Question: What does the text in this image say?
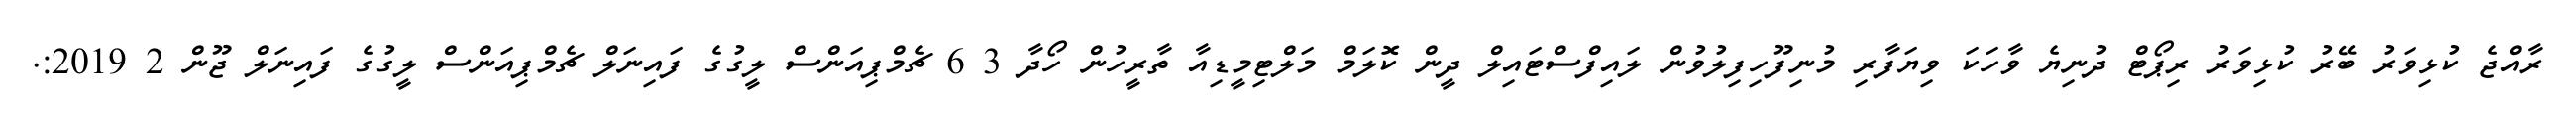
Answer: ރާއްޖެ ކުޅިވަރު ބޭރު ކުޅިވަރު ރިޕޯޓް ދުނިޔެ ވާހަކަ ވިޔަފާރި މުނިފޫހިފިލުވުން ލައިފްސްޓައިލް ދީން ކޮލަމް މަލްޓިމީޑިއާ ތާރީހުން ހޯދާ 3 6 ޗެމްޕިއަންސް ލީގުގެ ފައިނަލް ޗެމްޕިއަންސް ލީގުގެ ފައިނަލް ޖޫން 2 2019:.